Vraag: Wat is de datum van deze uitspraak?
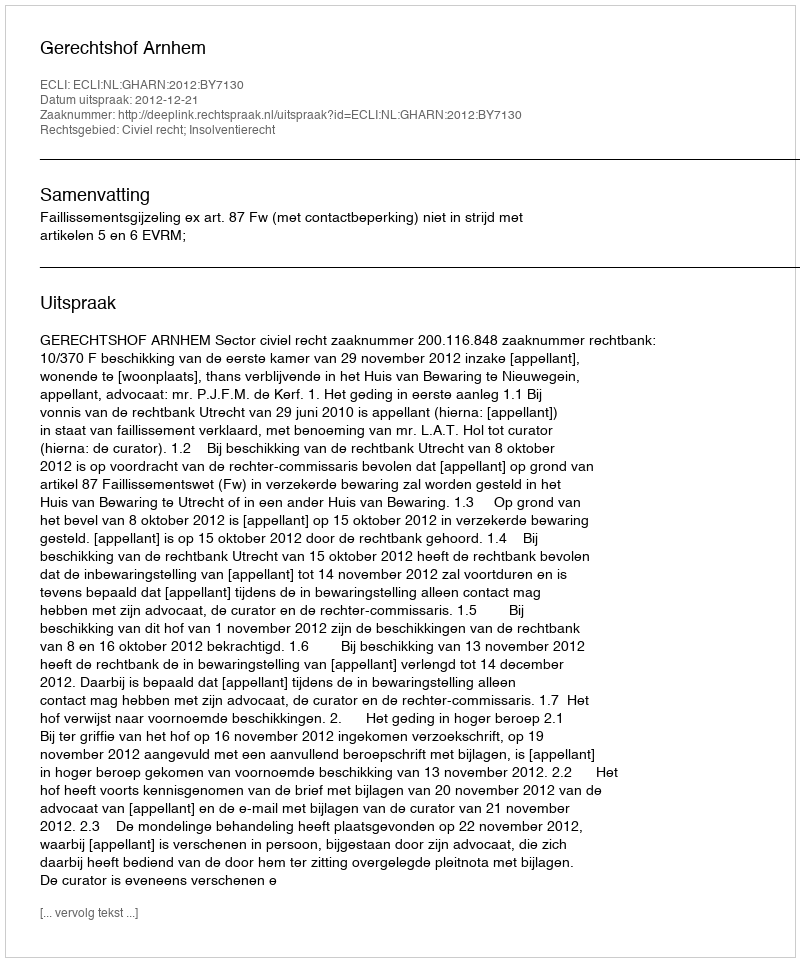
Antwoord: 2012-12-21